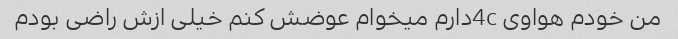
من خودم هواوی 4cدارم میخوام عوضش کنم خیلی ازش راضی بودم